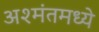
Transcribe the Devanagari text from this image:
अश्मंतमध्ये